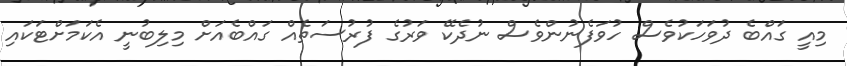
މިއީ ގައްބެ ދުވަހަކުވެސް ހުވަފެނުންވެސް ނުދެކޭ ވަރުގެ ފުރުސަތެއް ގައްބެއަށް މިލިބުނީ އެކަމަށްޓަކައި